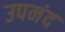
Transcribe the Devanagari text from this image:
उपनंद